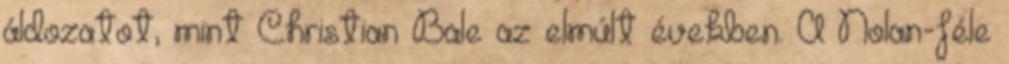
áldozatot, mint Christian Bale az elmúlt években. A Nolan-féle